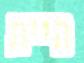
היית